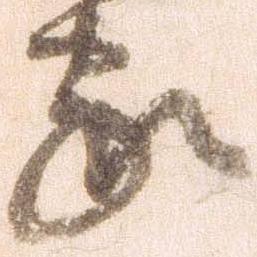
家